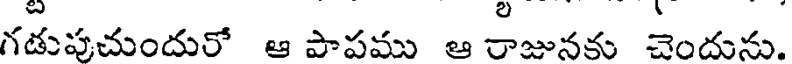
గడుపుచుందురో ఆ పాపము ఆ రాజునకు చెందును.